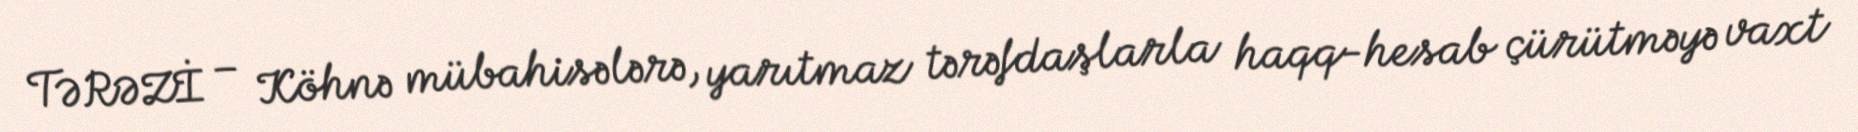
TƏRƏZİ – Köhnə mübahisələrə, yarıtmaz tərəfdaşlarla haqq-hesab çürütməyə vaxt